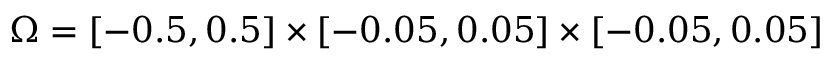
\Omega = [ - 0 . 5 , 0 . 5 ] \times [ - 0 . 0 5 , 0 . 0 5 ] \times [ - 0 . 0 5 , 0 . 0 5 ]